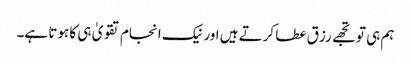
ہم ہی تو تجھے رزق عطا کرتے ہیں اور نیک انجام تقویٰ ہی کا ہوتا ہے۔